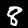
Label: 8